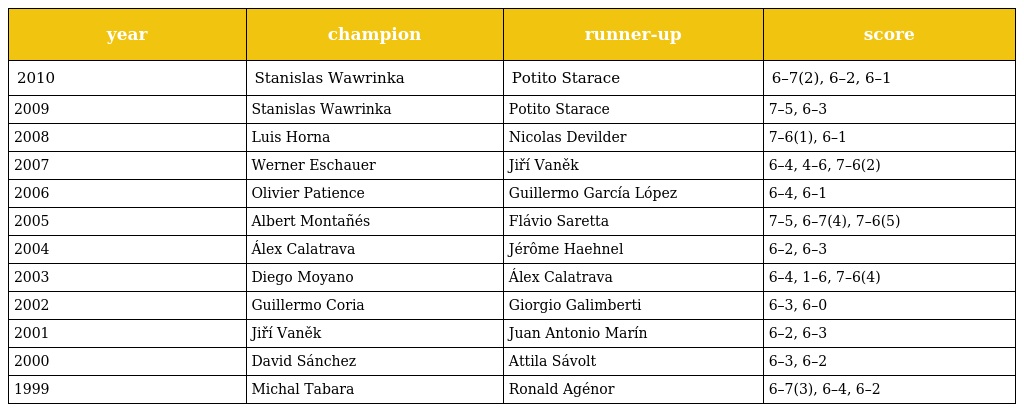
| year | champion | runner-up | score |
 | --- | --- | --- | --- |
 | 2010 | Stanislas Wawrinka | Potito Starace | 6–7(2), 6–2, 6–1 |
 | 2009 | Stanislas Wawrinka | Potito Starace | 7–5, 6–3 |
 | 2008 | Luis Horna | Nicolas Devilder | 7–6(1), 6–1 |
 | 2007 | Werner Eschauer | Jiří Vaněk | 6–4, 4–6, 7–6(2) |
 | 2006 | Olivier Patience | Guillermo García López | 6–4, 6–1 |
 | 2005 | Albert Montañés | Flávio Saretta | 7–5, 6–7(4), 7–6(5) |
 | 2004 | Álex Calatrava | Jérôme Haehnel | 6–2, 6–3 |
 | 2003 | Diego Moyano | Álex Calatrava | 6–4, 1–6, 7–6(4) |
 | 2002 | Guillermo Coria | Giorgio Galimberti | 6–3, 6–0 |
 | 2001 | Jiří Vaněk | Juan Antonio Marín | 6–2, 6–3 |
 | 2000 | David Sánchez | Attila Sávolt | 6–3, 6–2 |
 | 1999 | Michal Tabara | Ronald Agénor | 6–7(3), 6–4, 6–2 |